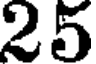
25